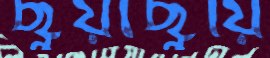
ছুঁয়াছুঁয়ি